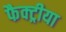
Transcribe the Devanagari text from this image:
फैक्ट्रीया